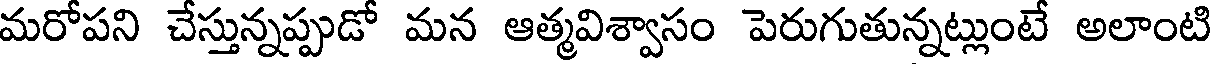
మరోపని చేస్తున్నప్పుడో మన ఆత్మవిశ్వాసం పెరుగుతున్నట్లుంటే అలాంటి